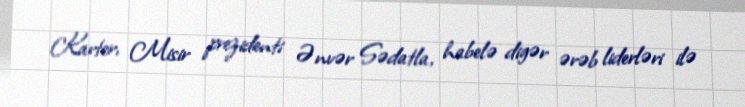
Karter, Misir prezidenti Ənvər Sədatla, habelə digər ərəb liderləri ilə